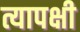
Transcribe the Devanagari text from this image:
त्यापक्षी